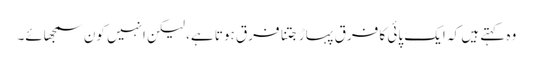
وہ کہتے ہیں کہ ایک پائی کا فرق پہاڑ جتنا فرق ہوتا ہے، لیکن انہیں کون سمجھائے۔